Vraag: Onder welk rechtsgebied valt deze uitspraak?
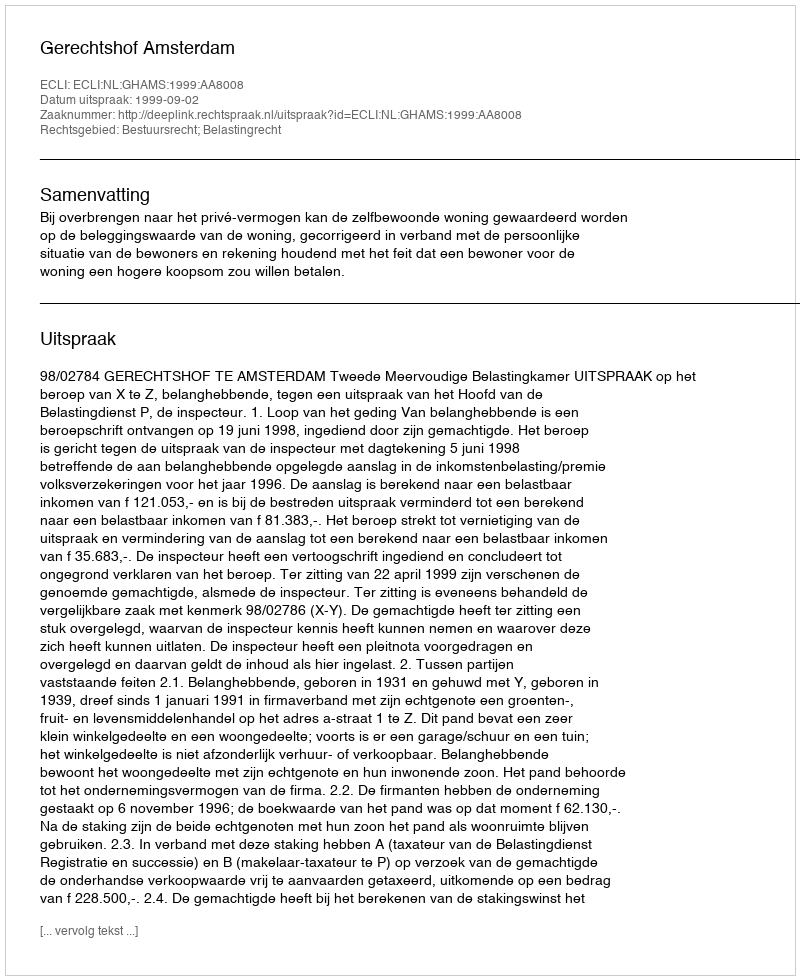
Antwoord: Bestuursrecht; Belastingrecht